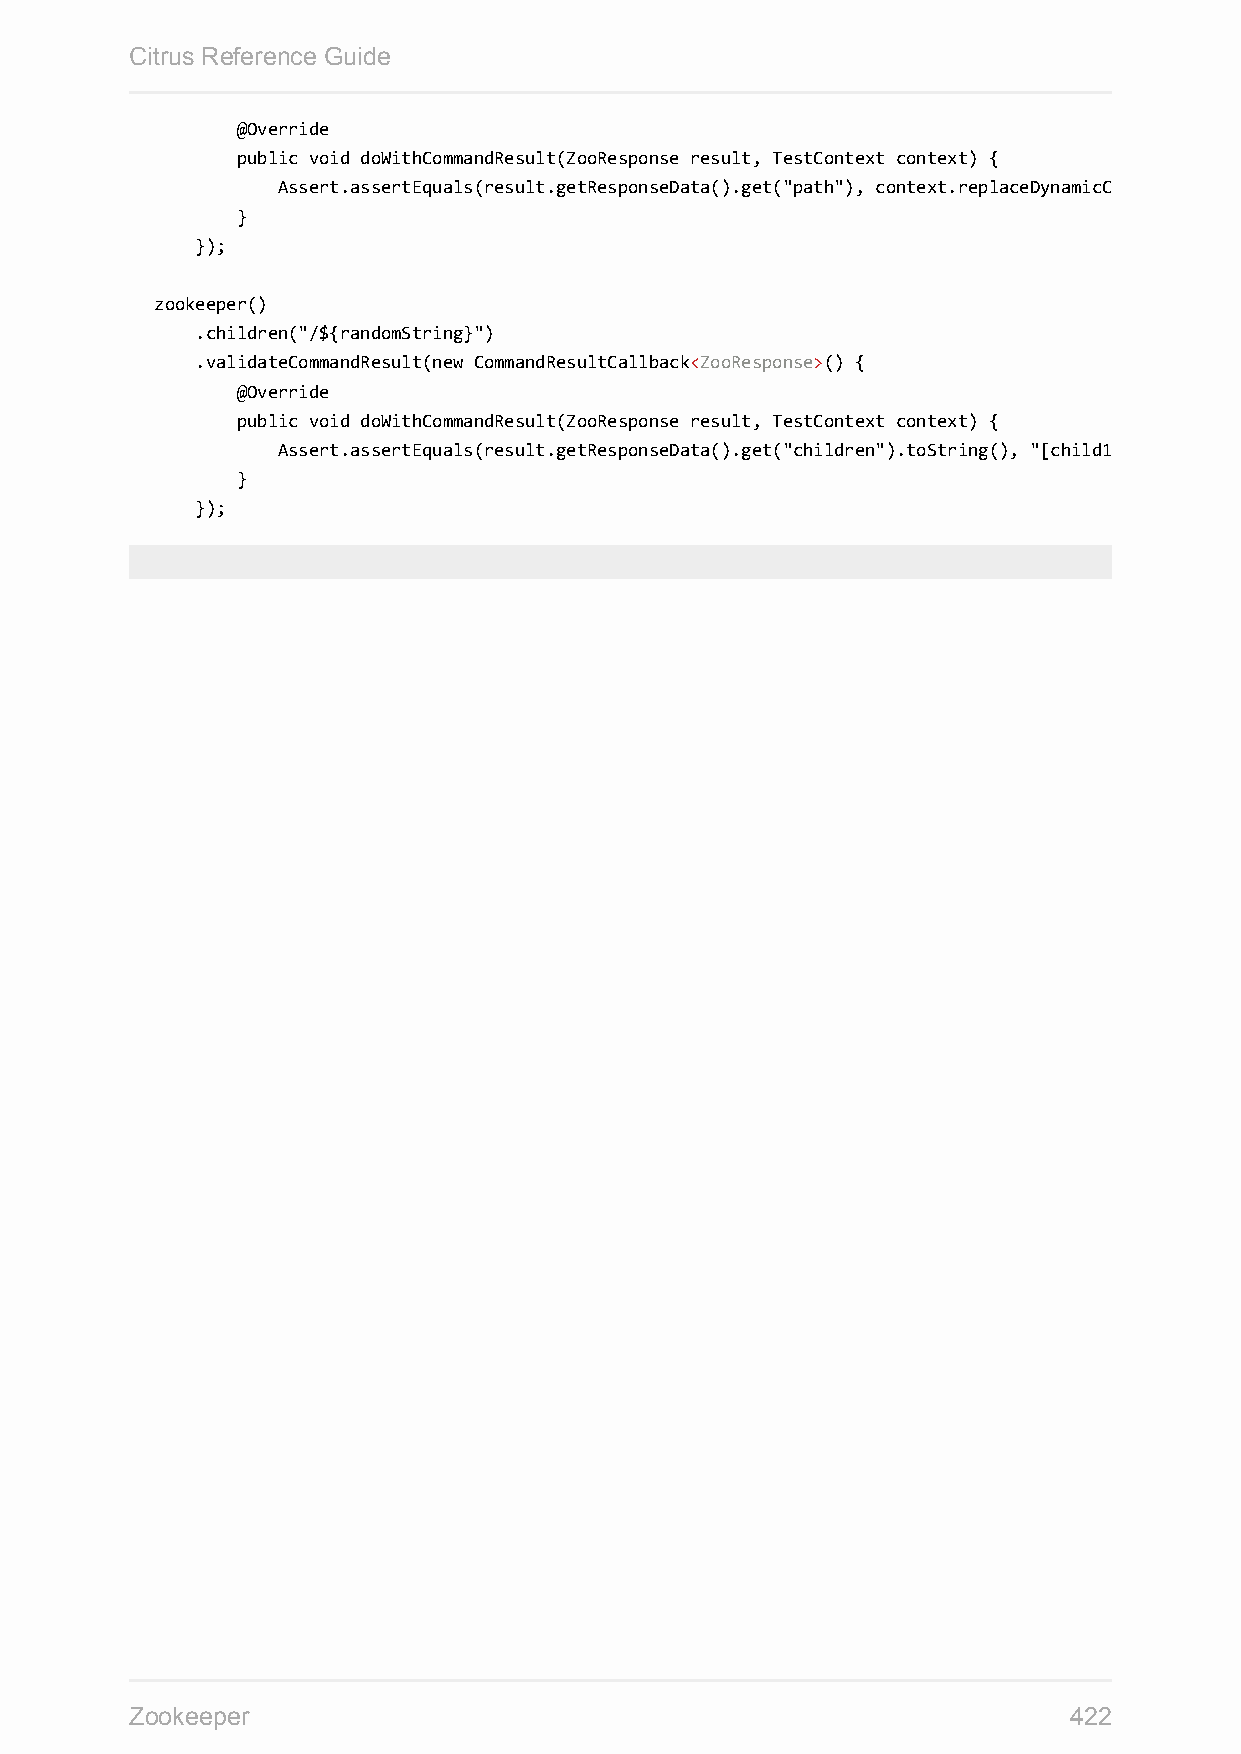
Citrus Reference Guide
 @Override
 public void doWithCommandResult(ZooResponse result, TestContext context) {
 Assert.assertEquals(result.getResponseData().get("path"), context.replaceDynamicContentInString("/${randomString}/child2"));
 }
 });
 zookeeper()
 .children("/${randomString}")
 .validateCommandResult(new CommandResultCallback<ZooResponse>() {
 @Override
 public void doWithCommandResult(ZooResponse result, TestContext context) {
 Assert.assertEquals(result.getResponseData().get("children").toString(), "[child1, child2]");
 }
 });
 Zookeeper                                                     422